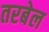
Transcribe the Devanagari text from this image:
तरबेल